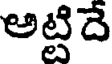
అట్టిదె